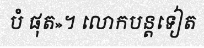
បំ ផុត»។ លោកបន្តទៀត